Lunatic asylums Bombay report 1878-1890 - 1878-1890
Year: 1878
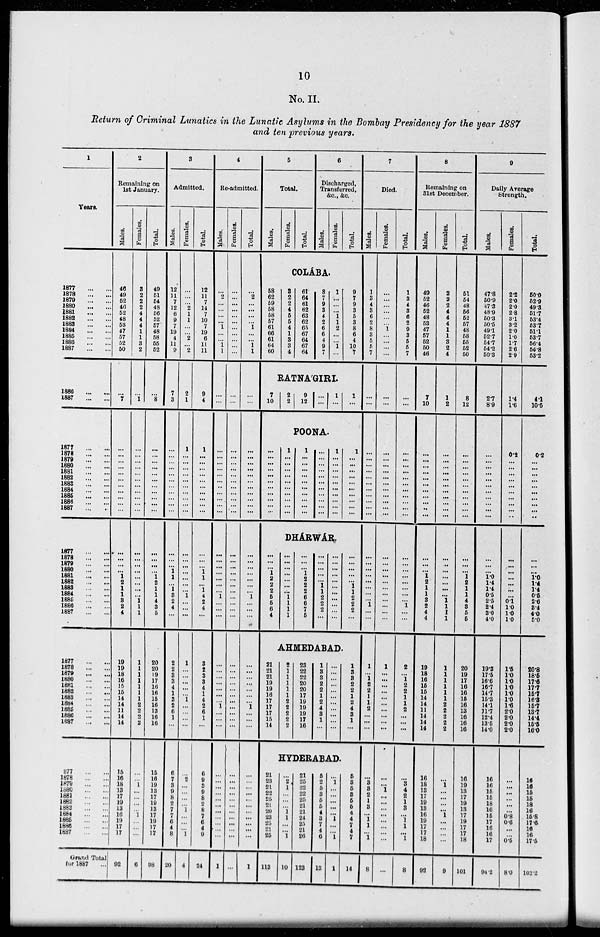
10
No. II.
Return of Criminal Lunatics in the Lunatic Asylums in the Bombay Presidency for the year 1887
and ten previous years.
1
Years.
2
Remaining on
1st January.
Males.
Females.
Total.
3
Admitted.
Males.
Females.
Total.
4
Re-admitted.
Males.
Females.
Total.
5
Total.
Males.
Females.
Total.
6
Discharged,
Transferred,
&c., &c.
Males.
Females.
Total.
7
Died.
Males.
Females.
Total.
8
Remaining on
31st December.
Males.
Females.
Total.
9
Daily Average
Strength.
Males.
Females.
Total.
COLÁBA.
1877...
...
1878
...
...
1879
...
...
1880
...
...
1881...
...
1882
...
...
1883
...
...
1884
...
...
1885
...
...
1886
...
...
1887
...
...
46
49
62
46
62
48
63
47
57
52
50
3
2
2
2
4
4
4
1
1
3
2
49
51
64
48
66
52
67
48
58
55
52
12
11
7
12
6
9
7
19
4
11
9
...
...
... 2
1
1
...
...
2
... 2
12
11
7
14
7
10
7
19
6
11
11
...
2
...
...
...
...
1
...
...
1 1
...
...
...
...
...
...
...
...
...
...
...
...
2
...
...
...
...
1
...
... 1
1
58
62
59
58
58
57
61
66
61
64
60
3
2
2
4
5
5
4
1
3
3
4
61
64
61
62
63
62
65
67
64
67
64
8
7
9
3
4
2
6
6
4
9
7
1
...
...
... 1
1
2
...
...
1
...
9
7
9
3
5
3
8
6
4
10
7
1
3
4
3 6
2
8
3
5
5
7
...
...
...
...
...
... 1
...
...
...
...
1
3
4
3
6
2
9
3
5
5
7
49
52
46
52
48
53
47
57
52
50
46
2
2
2
4
4
4
1
1
3
2
4
51
54
48
56
52
57
48
58
55
52
50
47.8
50.9
47.3
48.9
50.3
50.5
49.1
52.7
54.7
54.2
50.3
2.2
2.0
2.0
2.8
3.1
3.2
2.0
1.0
1.7
2.6
2.9
50.0
52.9
49.3
51.7
53.4
53.7
51.1
53.7
56.4
56.8
53.2
`.
1886
...
...
1887
...
...
...
7
...
1
...
8
7
3
2
1
9
4
...
...
...
...
...
...
7
10
2
2
9
12
...
...
1
...
1
...
...
...
...
...
...
...
7
10
1
2
8
12
2.7
8.9
1.4
1.6
4.1
10.5
POONA.
1877
...
...
1878...
...
1879
...
...
1880... ...
1881...
...
1882...
...
1888
...
...
1884
...
...
1886
...
...
1886
...
...
1887...
...
...
...
...
...
...
...
...
...
...
...
...
...
...
...
...
...
...
...
...
...
...
...
...
...
...
...
...
...
...
...
...
...
...
...
...
...
...
...
...
...
...
...
...
...
1
...
...
...
...
...
...
...
...
...
...
1
...
...
...
...
...
...
...
...
...
...
...
...
...
...
...
...
...
...
...
...
...
...
...
...
...
...
...
...
...
...
...
...
...
...
...
...
...
...
...
...
...
...
...
...
...
...
...
...
...
...
...
...
...
...
1
...
...
...
...
...
...
...
...
...
...
1
...
...
...
...
...
...
...
...
...
...
...
...
...
...
...
...
...
...
...
...
...
1
...
...
...
...
...
...
...
...
...
...
1
...
...
...
...
...
...
...
...
...
...
...
...
...
...
...
...
...
...
...
...
...
...
...
...
...
...
...
...
...
...
...
...
...
...
...
...
...
...
...
...
...
...
...
...
...
...
...
...
...
...
...
...
...
...
...
...
...
...
...
...
...
...
...
...
...
...
...
...
...
...
...
...
...
...
...
...
...
...
...
...
...
...
...
...
... ...
...
0.2
...
...
...
...
...
...
...
...
...
...
0.2
...
...
...
...
...
...
...
...
...
DHÁRWÁR.
1877
...
...
1878
...
...
1879
...
...
1880...
...
1881
...
...
1888
...
...
1888
...
...
1884
...
...
1886
...
...
1880
...
...
1887
...
...
...
...
...
... 1
2
1
1
3
2
4
...
...
...
...
...
...
...
... 1
1
1
...
...
...
...
1 2
1
1
4
3
5
...
...
... 1
1
...
... 3
2
4
...
...
...
...
...
...
...
...
1
...
...
...
...
...
...
1
1
...
1 4
2
4
...
...
...
...
...
...
...
... 1
...
...
...
...
...
...
...
...
...
...
...
...
...
...
...
...
...
...
...
...
... 1
...
...
...
...
...
... 1 2
2
2
5
5
6
4
...
...
...
...
...
...
... 1
1
1
1
...
...
...
1 2
2
2
6
6
7
5
...
...
...
...
...
1 1
2
2
2
...
...
...
...
...
...
...
...
...
...
...
...
...
...
...
...
1 1
2
2
2
...
...
...
...
...
...
...
...
...
1
...
...
...
...
...
...
...
...
...
...
...
...
...
...
...
...
...
...
...
...
... 1
...
...
...
...
... 1
2
1
1
3
2
4
4
...
...
...
...
...
...
... 1
1
1
1
...
...
... 1
2
1
1
4
3
5
5
...
...
... 1.0
1.4
1.4
0.5
2.5
2.4
3.0
4.0
...
...
...
...
...
...
...
0.1
1.0
1.0
1.0
...
...
... 1.0
1.4 1.4
0.5
2.6
3.4
4.0
5.0
AHMEDABAD.
1877
...
...
1878
...
...
1879...
...
1880
...
...
1881...
...
1882
...
...
1888
...
...
1884...
...
1886
...
...
1886
...
...
1887
...
...
19
19
18
16
15
16
14
14
11
14
14
1
1
1
1
1
1
1
2
2
2
2
20
20
19
17
16
16
15
16
13
16
16
2
2
3
3
4
1
3
2
6
1
...
1
...
...
...
...
...
1
...
...
...
...
3
2
3
3
4
1
4
2
6
1
...
...
...
...
...
...
...
... 1
...
...
...
...
...
...
...
...
...
...
...
...
...
...
...
...
...
...
...
...
... 1
...
...
...
21
21
21
19
19
16
17
17
17
15
14
2
1
1
1
1
1
2
2
2
2
2
23
22
22
20
20
17
19
19
19
17
16
1
3
3
2
2
1
2
4
3 1
...
...
...
...
...
...
...
...
...
...
...
...
1
3 3
2
2
1
2
4
3 1
...
1
...
1 2
2
1
1
2
...
...
...
1
...
...
...
...
...
...
...
...
...
...
2
... 1 2
2
1
1
2
...
...
...
19
18
16
15
15
14
14
11
14
14
14
1
1
1
1
1
1
2
2
2
2
2
20
19
17
16
16
15
16
13
16
16
16
19.3
17.5
16.6
16.7
14.7
15.3
14.1
1l.7
12.4
13.5
14.0
1.5
1.0
1.0
1.0
1.0
1.0
1.6
2.0
2.0
2.0
2.0
20.8
18.5
17.6
17.7
15.7
16.3
15.7
13.7
14.4
15.5
16.0
HYDERABAD.
1877
...
...
1878
...
...
1879
...
...
1880
...
...
1881...
...
1882...
...
1883...
...
1884
...
...
1886
...
...
1886...
...
1887
...
...
Grand Total
Cor 1887
15
16
18
13
17
19
13
16
19
17
17
92
...
... 1
...
...
...
... 1
...
...
...
6
15
16
19
13
17
19
13
17
19
17
17
98
6
7
3
9
8
2
7
7
6
4
8
20
...
2
...
...
...
...
1
...
...
... 1
4
6
9
3
9
8
2
8
7
6
4
9
24
...
...
...
...
...
...
...
...
...
...
...
1
...
...
...
...
...
...
...
...
...
...
...
...
...
... ...
...
...
...
...
...
...
...
...
1
21
23
21
22
25
21
20
23
25
21
25
113
...
2
1
...
...
...
1 1
...
... 1
10
21
25
22
22
25
21
21
24
25
21
26
123
5
2
5
3
5
5
4
3
7
4
6
13
...
1
...
...
...
...
1
...
1
1
5
3 5
3
5
5
4
4
7
4
7
14
...
3
3
2
1
3
... 1
1
... ...
8
...
... 1
...
...
...
...
...
...
...
...
...
...
3 4
2
1
3
1 1
... 1
8
16
18
13
17
19
13
16
19
17
17
18
92
...
1
... ...
... ...
1
...
...
...
...
9
16
19
13
17
19
13 17
19
17
17
18
101
16
16
15
15
18
16
16
17
16
16
17
94.2
...
...
...
...
...
... 0.8
0.6
0.5
8.0
16
16
15
15
18
16
15.8
17.6
16
16
17.5
102.2